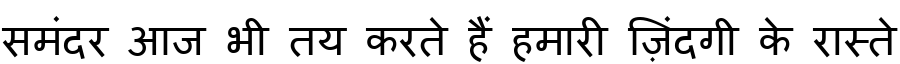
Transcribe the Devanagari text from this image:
समंदर आज भी तय करते हैं हमारी ज़िंदगी के रास्ते